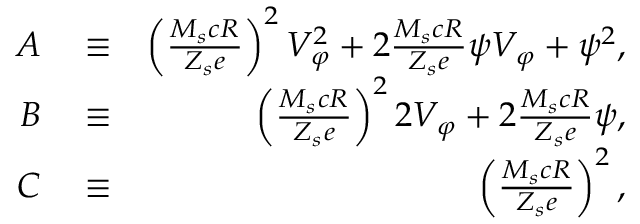
\begin{array} { r l r } { A } & { { } \equiv } & { \left( \frac { M _ { s } c R } { Z _ { s } e } \right) ^ { 2 } V _ { \varphi } ^ { 2 } + 2 \frac { M _ { s } c R } { Z _ { s } e } \psi V _ { \varphi } + \psi ^ { 2 } , } \\ { B } & { { } \equiv } & { \left( \frac { M _ { s } c R } { Z _ { s } e } \right) ^ { 2 } 2 V _ { \varphi } + 2 \frac { M _ { s } c R } { Z _ { s } e } \psi , } \\ { C } & { { } \equiv } & { \left( \frac { M _ { s } c R } { Z _ { s } e } \right) ^ { 2 } , } \end{array}